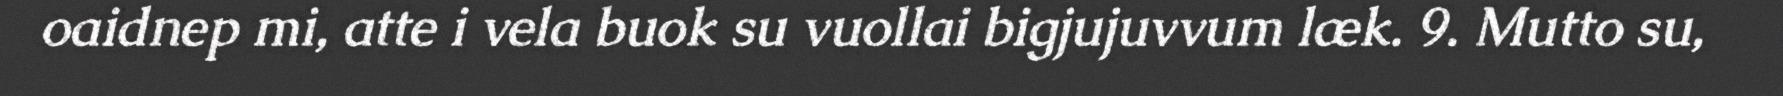
oaidnep mi, atte i vela buok su vuollai bigjujuvvum læk. 9. Mutto su,